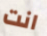
انت